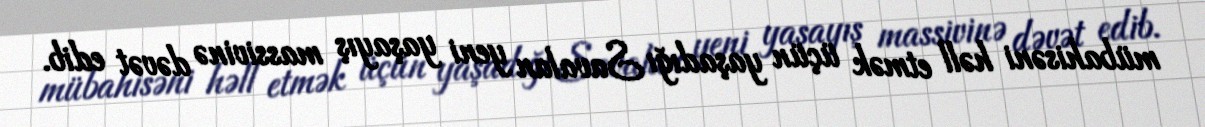
mübahisəni həll etmək üçün yaşadığı Savalan yeni yaşayış massivinə dəvət edib.